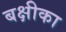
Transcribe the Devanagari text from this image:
बक्षीका